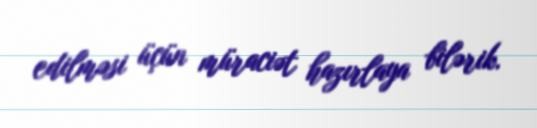
edilməsi üçün müraciət hazırlaya bilərik.